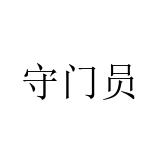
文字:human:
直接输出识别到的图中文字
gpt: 守门员